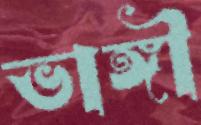
ভাঙ্গী